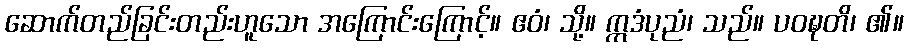
ဆောက်တည်ခြင်းတည်းဟူသော အကြောင်းကြောင့်။ ဧဝံ၊ သို့။ ဣဒံပုညံ၊ သည်။ ပဝဍ္ဎတိ၊ ၏။